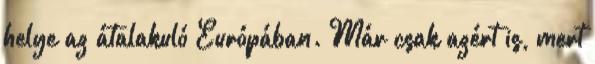
helye az átalakuló Európában. Már csak azért is, mert